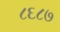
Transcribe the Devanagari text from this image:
८६८७